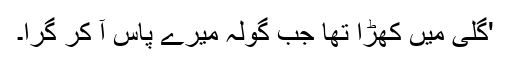
'گلی میں کھڑا تھا جب گولہ میرے پاس آ کر گرا۔